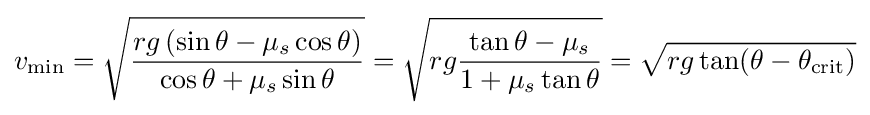
v_{\mathrm {min} }={\sqrt {rg\left(\sin \theta -\mu _{s}\cos \theta \right) \over \cos \theta +\mu _{s}\sin \theta }}={\sqrt {rg{\frac {\tan \theta -\mu _{s}}{1+\mu _{s}\tan \theta }}}}={\sqrt {rg\tan(\theta -\theta _{\mathrm {crit} })}}